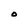
Character: O